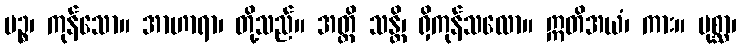
ပဉ္စ၊ ကုန်သော။ အာဟာရာ၊ တို့သည်။ အတ္ထိ သန္တိ၊ ရှိကုန်သလော။ ဣတိအယံ၊ ကား။ ပုစ္ဆာ၊